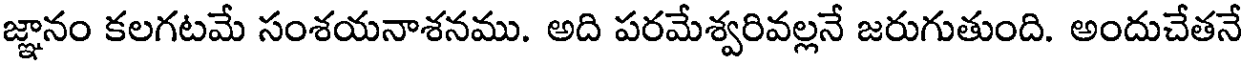
జ్ఞానం కలగటమే సంశయనాశనము. అది పరమేశ్వరివల్లనే జరుగుతుంది. అందుచేతనే